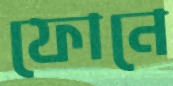
ফোনে